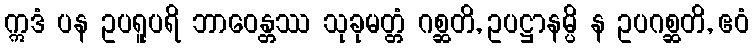
ဣဒံ ပန ဥပရူပရိ ဘာဝေန္တဿ သုခုမတ္တံ ဂစ္ဆတိ, ဥပဋ္ဌာနမ္ပိ န ဥပဂစ္ဆတိ, ဧဝံ